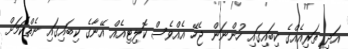
އަދި ތަރިއެއްގެ ކިބައިގައި ހުންނަން ޖެހޭ އެއްވެސް ކޮލިޓިއެއް އޭނާގެ ކިބައިގައި ނެތްކަމަށް